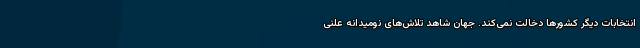
انتخابات دیگر کشورها دخالت نمی‌کند. جهان شاهد تلاش‌های نومیدانه علنی